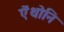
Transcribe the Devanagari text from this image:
ऐंथोनि